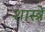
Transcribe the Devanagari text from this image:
शास्त्रें